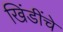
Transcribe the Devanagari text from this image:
खिंडींचे